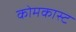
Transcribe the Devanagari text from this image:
कोमकास्ट